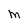
Character: M